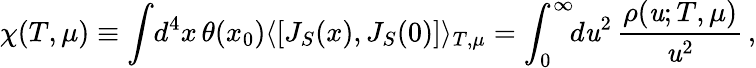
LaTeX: \chi(T,\mu)\equiv\int\! d^{4}x\, \theta(x_{0})\langle[J_{S}(x),J_{S}(0)]\rangle_{T,\mu}=\int_{0}^{\infty}\! \! d\mathit{u}^{2}\, {\frac{{\rho(\mathit{u};T,\mu)}}{{\mathit{u}^{2}}}}\, ,